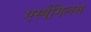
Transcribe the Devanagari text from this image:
एर्स्पेगिलस